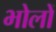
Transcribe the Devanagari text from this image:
भोलों